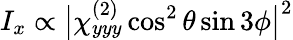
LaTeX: I_{x}\propto\big|\chi_{yyy}^{(2)}\cos^{2}\theta\sin 3\phi\big|^{2}